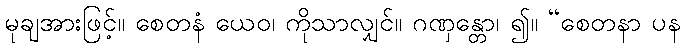
မုချအားဖြင့်။ စေတနံ ယေဝ၊ ကိုသာလျှင်။ ဂဏှန္တော၊ ၍။ “စေတနာ ပန